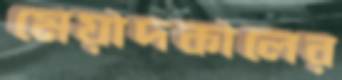
মেয়াদকালের